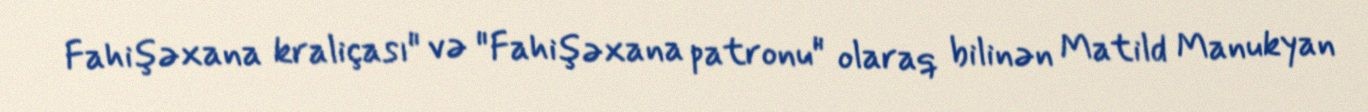
Fahişəxana kraliçası" və "Fahişəxana patronu" olaraq bilinən Matild Manukyan